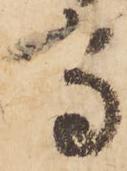
守